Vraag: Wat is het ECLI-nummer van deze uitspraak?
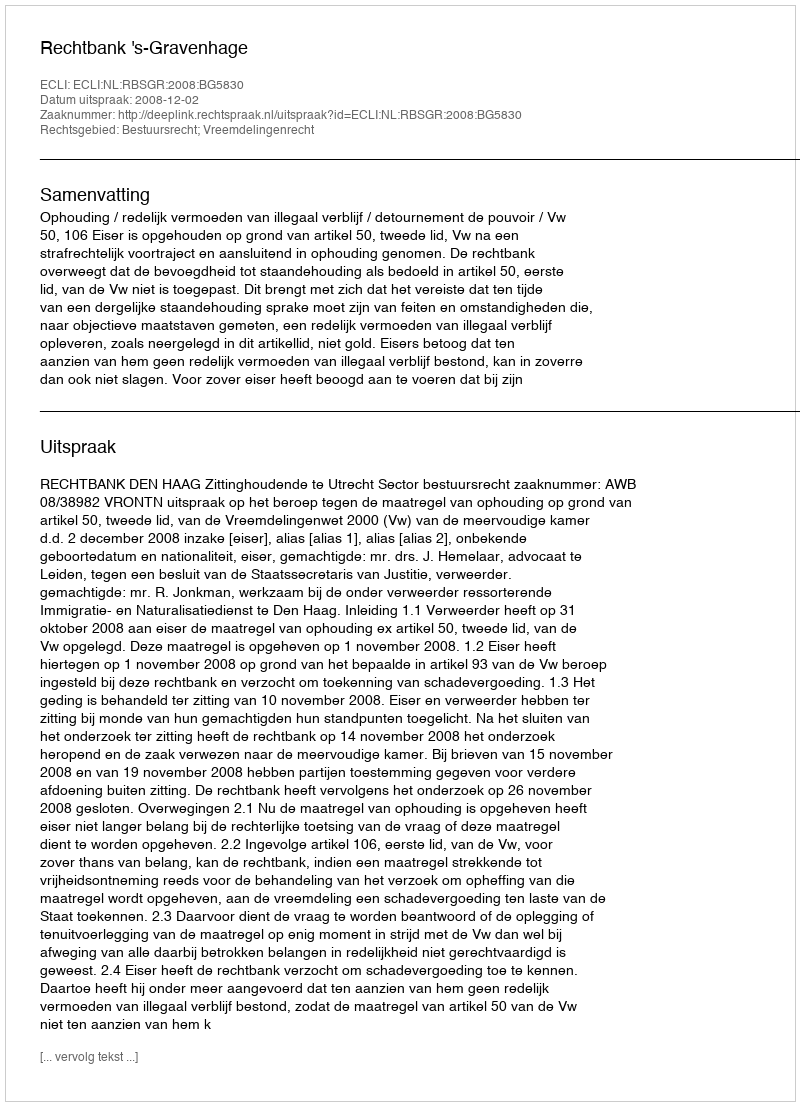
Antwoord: ECLI:NL:RBSGR:2008:BG5830